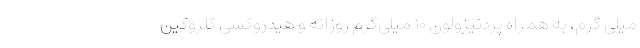
میلی گرم، به همراه پردنیزولون ۱۰ میلی‌گرم روزانه و هیدروکسی کلروکین